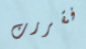
فقررت